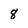
Character: 8